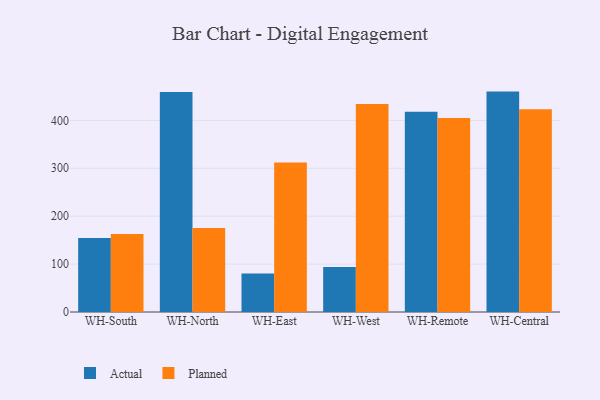
{"axis": {"x": "Warehouse", "y": "Backlog"}, "legend": ["Actual", "Planned"], "data": [{"x": "WH-South", "y": 154.3, "type": "Actual"}, {"x": "WH-South", "y": 162.7, "type": "Planned"}, {"x": "WH-North", "y": 459.3, "type": "Actual"}, {"x": "WH-North", "y": 175.5, "type": "Planned"}, {"x": "WH-East", "y": 80.6, "type": "Actual"}, {"x": "WH-East", "y": 312.1, "type": "Planned"}, {"x": "WH-West", "y": 94.2, "type": "Actual"}, {"x": "WH-West", "y": 434.1, "type": "Planned"}, {"x": "WH-Remote", "y": 418.0, "type": "Actual"}, {"x": "WH-Remote", "y": 404.9, "type": "Planned"}, {"x": "WH-Central", "y": 460.1, "type": "Actual"}, {"x": "WH-Central", "y": 423.3, "type": "Planned"}]}